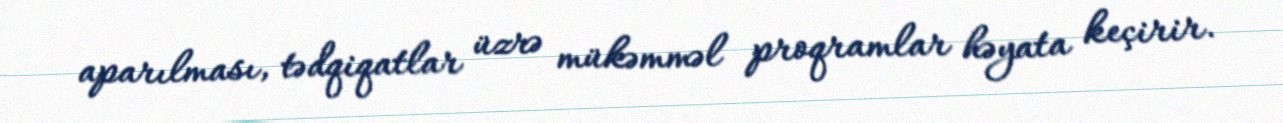
aparılması, tədqiqatlar üzrə mükəmməl proqramlar həyata keçirir.